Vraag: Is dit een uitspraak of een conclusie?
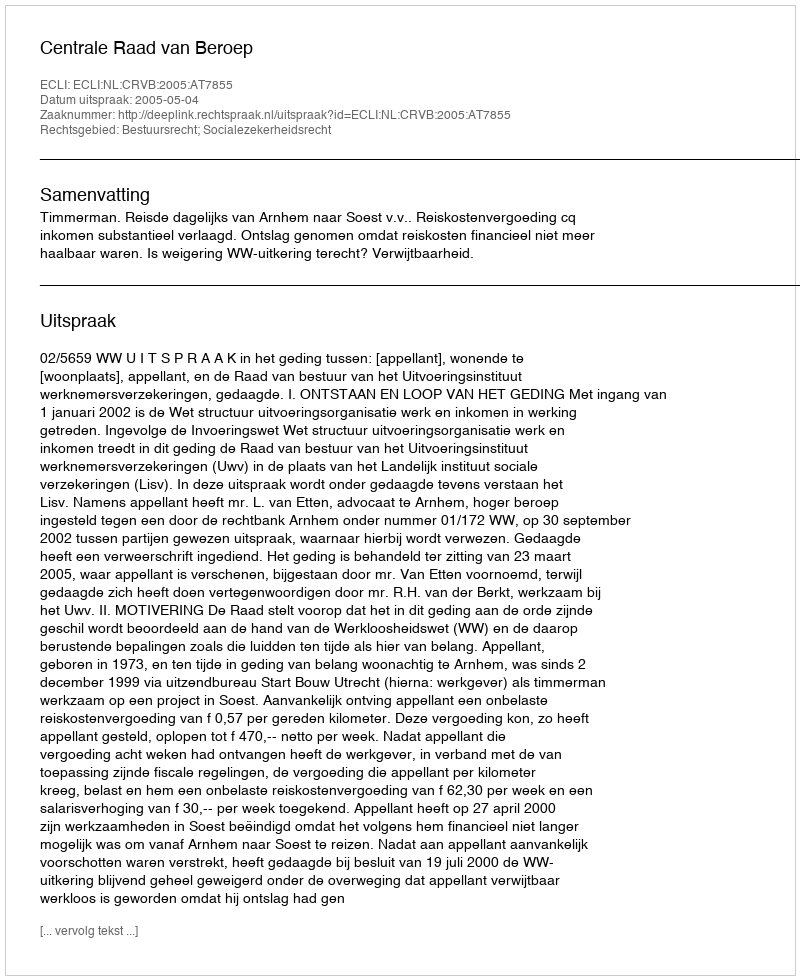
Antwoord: Uitspraak